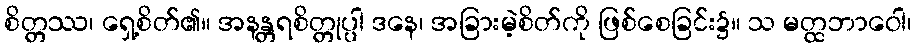
စိတ္တဿ၊ ရှေ့စိတ်၏။ အနန္တရစိတ္တုပ္ပါ ဒနေ၊ အခြားမဲ့စိတ်ကို ဖြစ်စေခြင်း၌။ သ မတ္ထဘာဝေါ၊